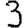
Digit: 3